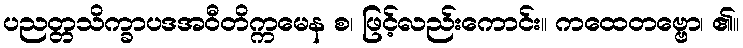
ပညတ္တသိက္ခာပဒအဝီတိက္ကမေန စ၊ ဖြင့်လည်းကောင်း။ ကထေတဗ္ဗော၊ ၏။